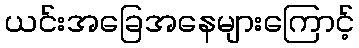
ယင်းအခြေအနေများကြောင့်